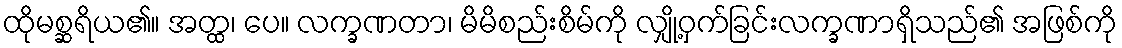
ထိုမစ္ဆရိယ၏။ အတ္ထ၊ ပေ။ လက္ခဏတာ၊ မိမိစည်းစိမ်ကို လျှို့ဝှက်ခြင်းလက္ခဏာရှိသည်၏ အဖြစ်ကို